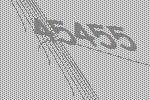
45455